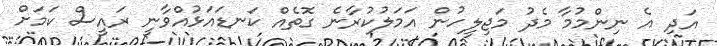
އަދި އެ ނިންމުމާ މެދު މަޖިލީހުން އަމަލުކުރާނެ ގޮތެއް ކަނޑައަޅުއްވާނީ ރައީސް ކަމަށް